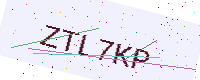
Text: ZTL7KP